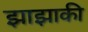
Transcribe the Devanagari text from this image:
झाझाकी